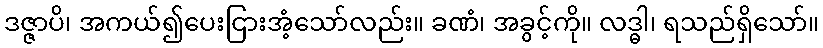
ဒဇ္ဇာပိ၊ အကယ်၍ပေးငြားအံ့သော်လည်း။ ခဏံ၊ အခွင့်ကို။ လဒ္ဓါ၊ ရသည်ရှိသော်။